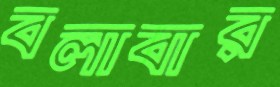
বলাবার